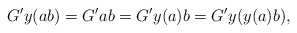
\begin{align*}G'y(ab)=G'ab =G'y(a)b =G'y(y(a)b),\end{align*}